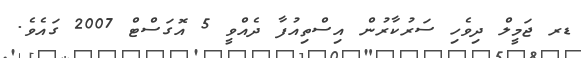
ޑރ ޖަމީލް ދިވެހި ސަރުކާރުން އިސްތިއުފާ ދެއްވީ 5 އޮގަސްޓް 2007 ގައެވެ.